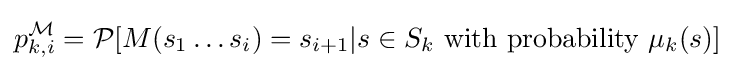
p_{k,i}^{\mathcal {M}}={\mathcal {P}}[M(s_{1}\ldots s_{i})=s_{i+1}|s\in S_{k}{\text{ with probability }}\mu _{k}(s)]